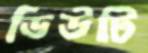
ডিউটি